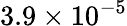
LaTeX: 3.9\times 10^{-5}